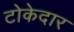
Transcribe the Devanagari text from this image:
टोकेदार